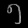
Digit: ၅